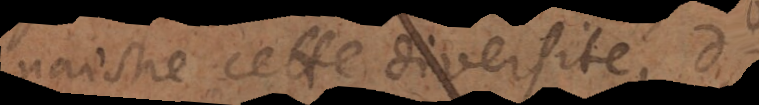
naistre cette diversité d